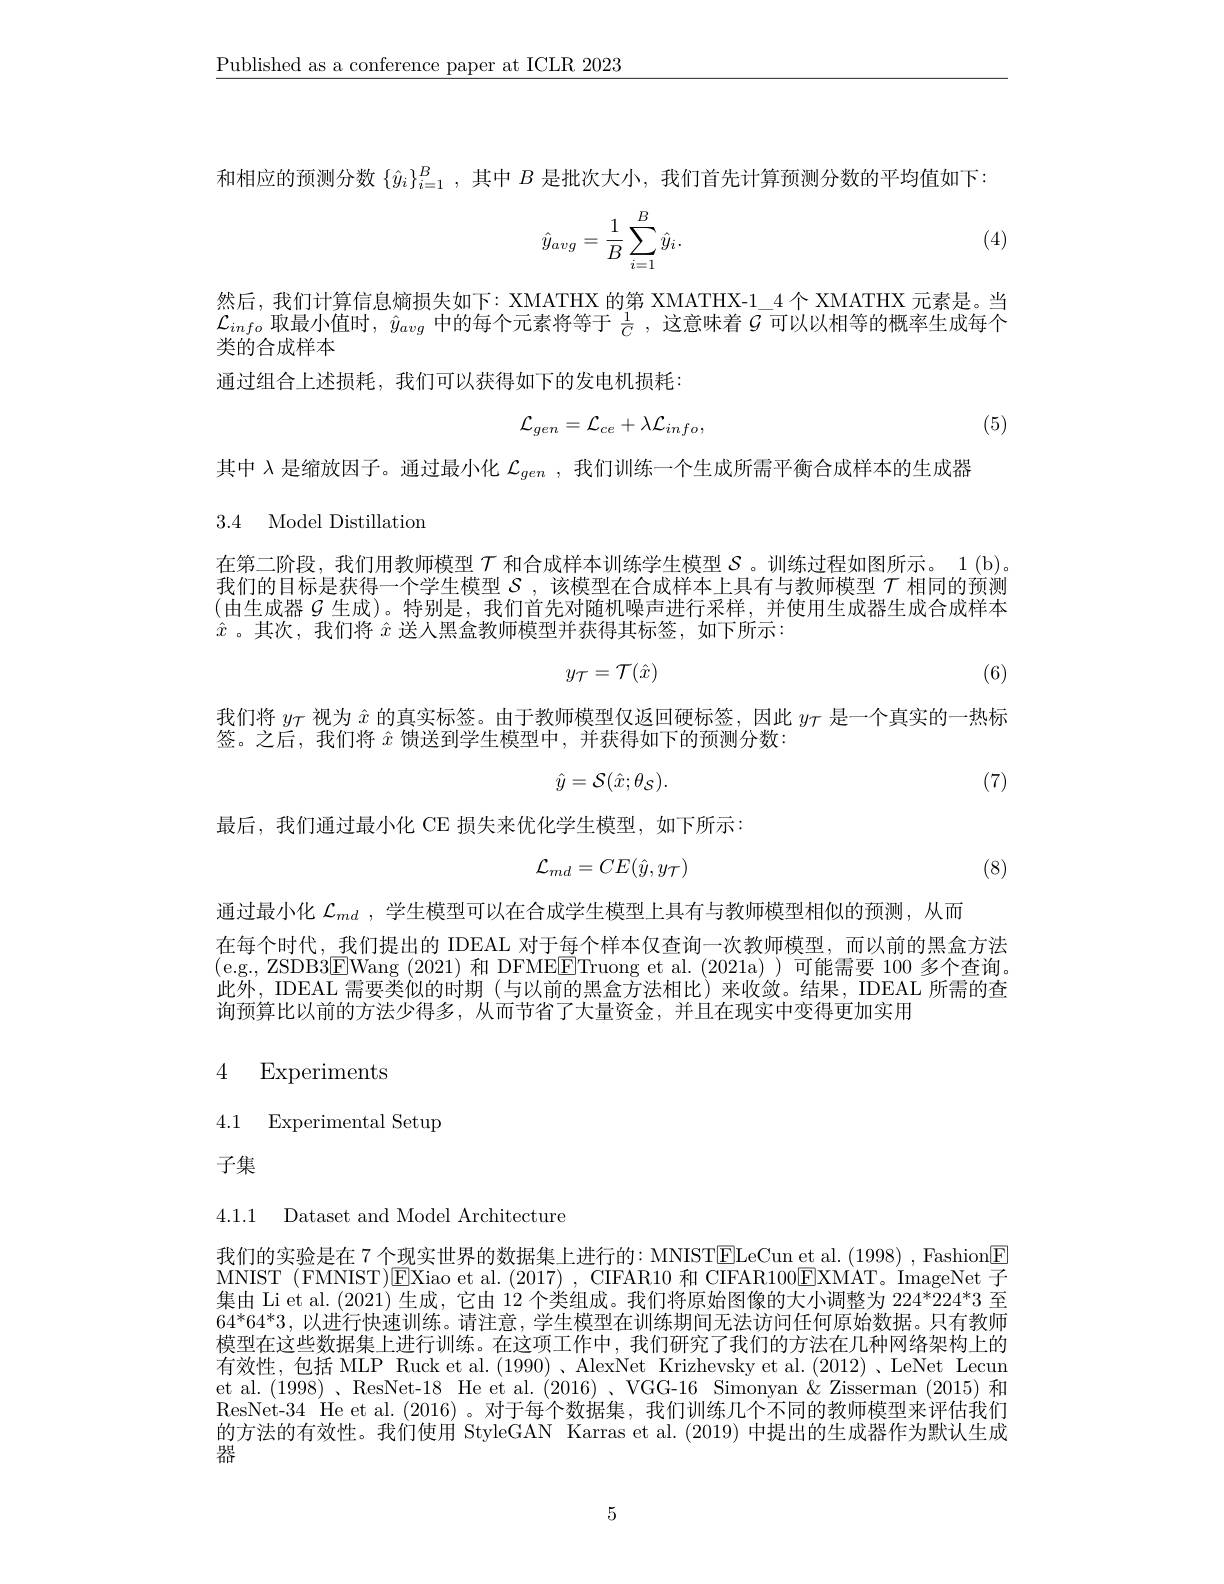
$\underline{\text{Published as a conference paper at ICLR 2023}}$

和相应的预测分数$\{\hat{y}_i\}_{i=1}^B$,其中$B$是批次大小，我们首先计算预测分数的平均值如下：

(4)
$$\hat y_{avg}=\frac{1}{B}\sum_{i=1}^{B}\hat y_{i}.$$
然后，我们计算信息熵损失如下：XMATHX 的第 XMATHX-1\_4 个 XMATHX 元素是。当$\mathcal{L}_{info}$取最小值时，$\hat{y}_{avg}$中的每个元素将等于$\frac1C$ ,这意味着$\bar{\mathcal{G}}$可以以相等的概率生成每个类的合成样本
通过组合上述损耗，我们可以获得如下的发电机损耗：
$$\mathcal{L}_{gen}=\mathcal{L}_{ce}+\lambda\mathcal{L}_{info},$$
(5)

其中$\lambda$是缩放因子。通过最小化$\mathcal{L}_{gen}$ ,我们训练一个生成所需平衡合成样本的生成器
3.4 Model Distillation

在第二阶段，我们用教师模型$\mathcal{T}$和合成样本训练学生模型$\mathcal{S}$ 。训练过程如图所示。1(b) 我们的目标是获得一个学生模型$\mathcal{S}$ ,该模型在合成样本上具有与教师模型$\mathcal{T}$相同的预测(由生成器$\mathcal{G}$生成)。特别是，我们首先对随机噪声进行采样，并使用生成器生成合成样本$\hat{x}$ 。其次，我们将$\hat{x}$送入黑盒教师模型并获得其标签，如下所示：
$$y_{\mathcal{T}}=\mathcal{T}(\hat{x})$$
(6)

我们将$y_\mathrm{\tau}$视为$\hat{x}$的真实标签。由于教师模型仅返回硬标签，因此$y_\mathrm{\tau}$是一个真实的一热标
签。之后，我们将$\hat{x}$馈送到学生模型中，并获得如下的预测分数：
$$\hat{y}=\mathcal{S}(\hat{x};\theta_{\mathcal{S}}).$$
(7)

最后，我们通过最小化 CE 损失来优化学生模型，如下所示：
$$\mathcal{L}_{md}=CE(\hat{y},y_{\mathcal{T}})$$
(8)

通过最小化$\mathcal{L}_{md}$ ,学生模型可以在合成学生模型上具有与教师模型相似的预测，从而
在每个时代，我们提出的 IDEAL 对于每个样本仅查询一次教师模型，而以前的黑盒方法(e.g., ZSDB3$\boxed{\mathrm{E}}$Wang (2021)和 DFMEETruong et al.(2021a))可能需要 100 多个查询。此外，IDEAL 需要类似的时期 (与以前的黑盒方法相比)来收敛。结果，IDEAL 所需的查询预算比以前的方法少得多，从而节省了大量资金，并且在现实中变得更加实用

# 4 Experiments

4.1 Experimental Setup

子集

4.1.1 Dataset and Model Architecture

我们的实验是在 7 个现实世界的数据集上进行的：MNIST$\boxed{\mathrm{E}}$LeCun et al. (1998) , Fashion$\boxed{\mathrm{F}}$ MNIST (FMNIST)$\boxed{\mathrm{E}}$Xiao et al. (2017), CIFAR10 和 CIFAR100$\boxed{\mathrm{E}}$XMAT。ImageNet 子集由 Li et al. (2021) 生成，它由 12 个类组成。我们将原始图像的大小调整为 224*224*3 至$64^*64^*3$,以进行快速训练。请注意，学生模型在训练期间无法访问任何原始数据。只有教师模型在这些数据集上进行训练。在这项工作中，我们研究了我们的方法在儿种网络架构上的有效性，包括 MLP Ruck et al.(1990)、AlexNet Krizhevsky et al.(2012)、LeNet Lecun et al. (1998) 、ResNet-18 He et al. (2016) 、VGG-16 Simonyan &Zisserman (2015)和ResNet-34 He et al.(2016) 。对于每个数据集，我们训练几个不同的教师模型来评估我们的方法的有效性。我们使用 StyleGAN Karras et al.(2019) 中提出的生成器作为默认生成器

5